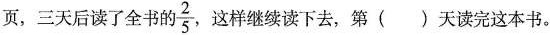
页，三天后读了全书的\frac{2}{5}，这样继续读下去，第()天读完这本书。